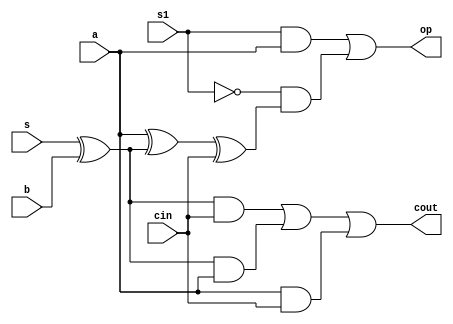
module sb(b,a,cin,s,s1,op,cout);

input a,b,cin,s,s1;
output op,cout;
wire d;
///full adder/subtractor........
assign d = a^b1^cin;

assign cout = (b1 & cin)|(b1 & a)|(a & cin);
////compliment of b
assign b1 = s^b;
assign op = (s1 & a) | (~s1 & d);
endmodule